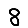
Digit: 8